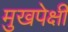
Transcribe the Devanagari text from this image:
मुखपेक्षी